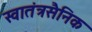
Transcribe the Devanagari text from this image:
स्वातंत्रसैनिक